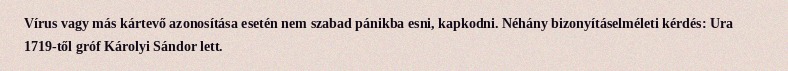
Vírus vagy más kártevő azonosítása esetén nem szabad pánikba esni, kapkodni. Néhány bizonyításelméleti kérdés: Ura 1719-től gróf Károlyi Sándor lett.